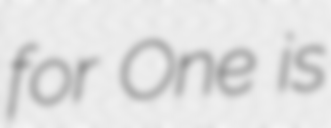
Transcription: for One is